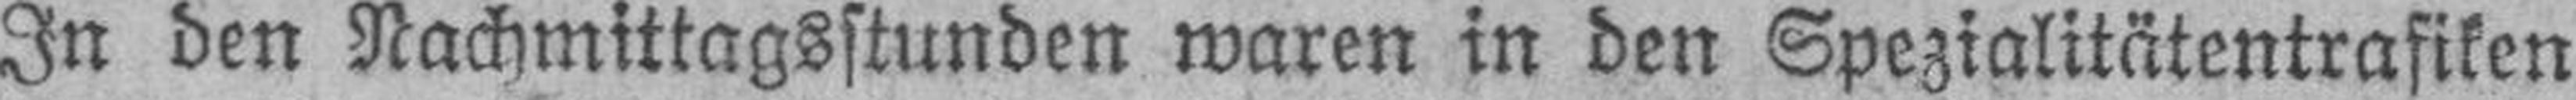
In den Nachmittagsstunden waren in den Spezialitätentrafiken